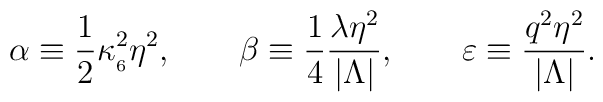
\alpha\equiv\frac{1}{2}\kappa_{_6}^2\eta^2,\qquad\beta\equiv\frac{1}{4}\frac{\lambda\eta^2}{|\Lambda|},\qquad\varepsilon\equiv\frac{q^2\eta^2}{|\Lambda|}.